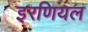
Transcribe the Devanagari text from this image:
इरणियल